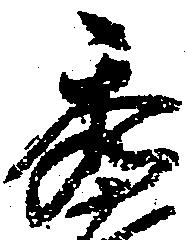
秀